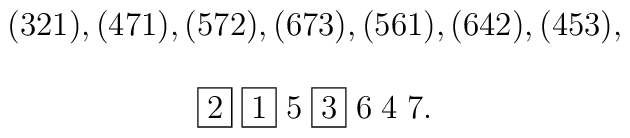
\begin{array}{c}(321),(471),(572),(673),(561),(642),(453), \\ \\\fbox{$2$}  \;  \fbox{$1$} \; 5\; \fbox{$3$} \; 6 \; 4 \; 7. \\\end{array}